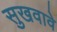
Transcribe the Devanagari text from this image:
सुखवावे